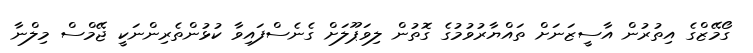
ގޯމޭޒްގެ އިތުރުން އާސީޒަނަށް ތައްޔާރުވުމުގެ ގޮތުން ލިވަޕޫލަށް ގެނެސްފައިވާ ކުޅުންތެރިންނަކީ ޖޭމްސް މިލްނާ